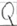
Text: Q